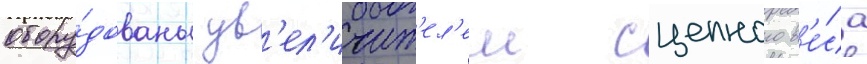
обору́дованы ув'ел'ичит'ел'ем сцепного в'е́са